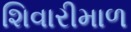
શિવારીમાળ